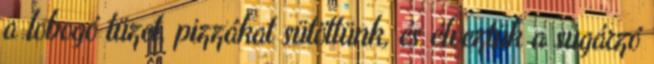
a lobogó tüzet, pizzákat sütöttünk, és élveztük a sugárzó